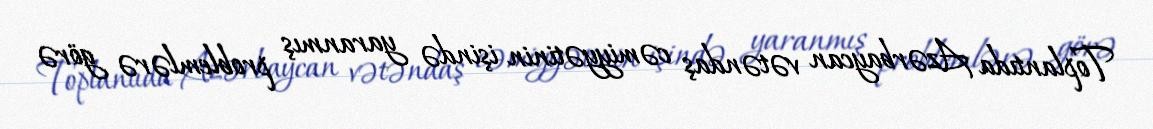
Toplantıda Azərbaycan vətəndaş cəmiyyətinin işində yaranmış problemlərə görə